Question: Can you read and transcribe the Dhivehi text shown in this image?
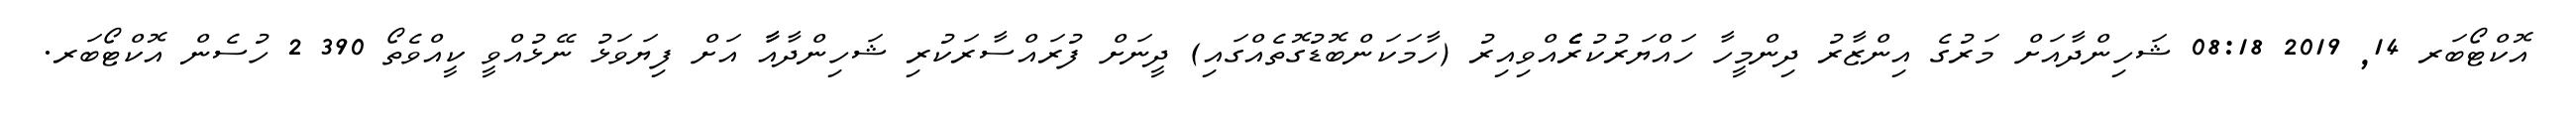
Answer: އޮކްޓޯބަރ 14, 2019 08:18 ޝަހިންދާއަށް މަރުގެ އިންޒާރު ދިންމީހާ ހައްޔަރުކުރެެެެެއްވިއިރު (ހާމަކަންބޮޑުގޮތެއްގައި) ދީނަށް ފުރައްސާރަކުރި ޝަހިންދާއާާ އަށް ފިޔަވަޅު ނޭޅުއްވީ ކީއްވެތޯ 390 2 ހުސެން އޮކްޓޯބަރ.